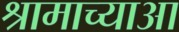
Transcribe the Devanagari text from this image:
श्रामाच्याआ